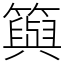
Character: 籅